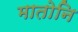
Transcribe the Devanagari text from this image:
मातोनि